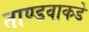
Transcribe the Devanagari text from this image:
ताण्डवाकडे